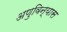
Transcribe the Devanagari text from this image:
अणुविन्यास